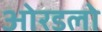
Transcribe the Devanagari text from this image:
ओरडलो